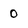
Character: 0